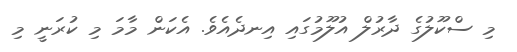
މި ސްކޫލުގެ ދާރުލް އުލޫމުގައި އިނދެއެވެ. އެކަން މާމަ މި ކުރަނީ މި